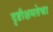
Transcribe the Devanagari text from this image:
दृष्टीक्षमतेचा